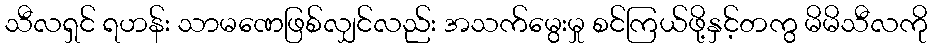
သီလရှင် ရဟန်း သာမဏေဖြစ်လျှင်လည်း အသက်မွေးမှု စင်ကြယ်ဖို့နှင့်တကွ မိမိသီလကို